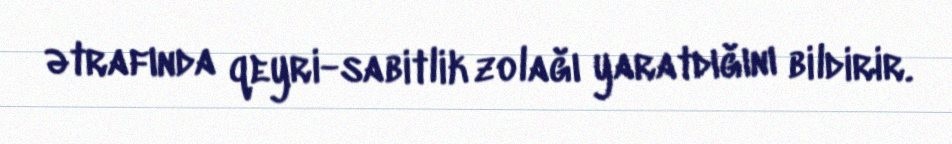
ətrafında qeyri-sabitlik zolağı yaratdığını bildirir.